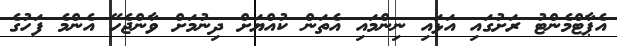
އެޕާޓްމެންޓު ރަށުގައި އަޅައި ނިންމައި އެތަން ކުއްޔަށް ދިނުމަށް ވާންޖެހޭ އެންމެ ފަހުގެ